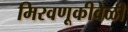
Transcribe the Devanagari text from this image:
मिरवणूकीवेळी